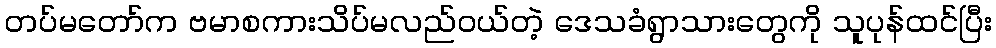
တပ်မတော်က ဗမာစကားသိပ်မလည်ဝယ်တဲ့ ဒေသခံရွာသားတွေကို သူပုန်ထင်ပြီး